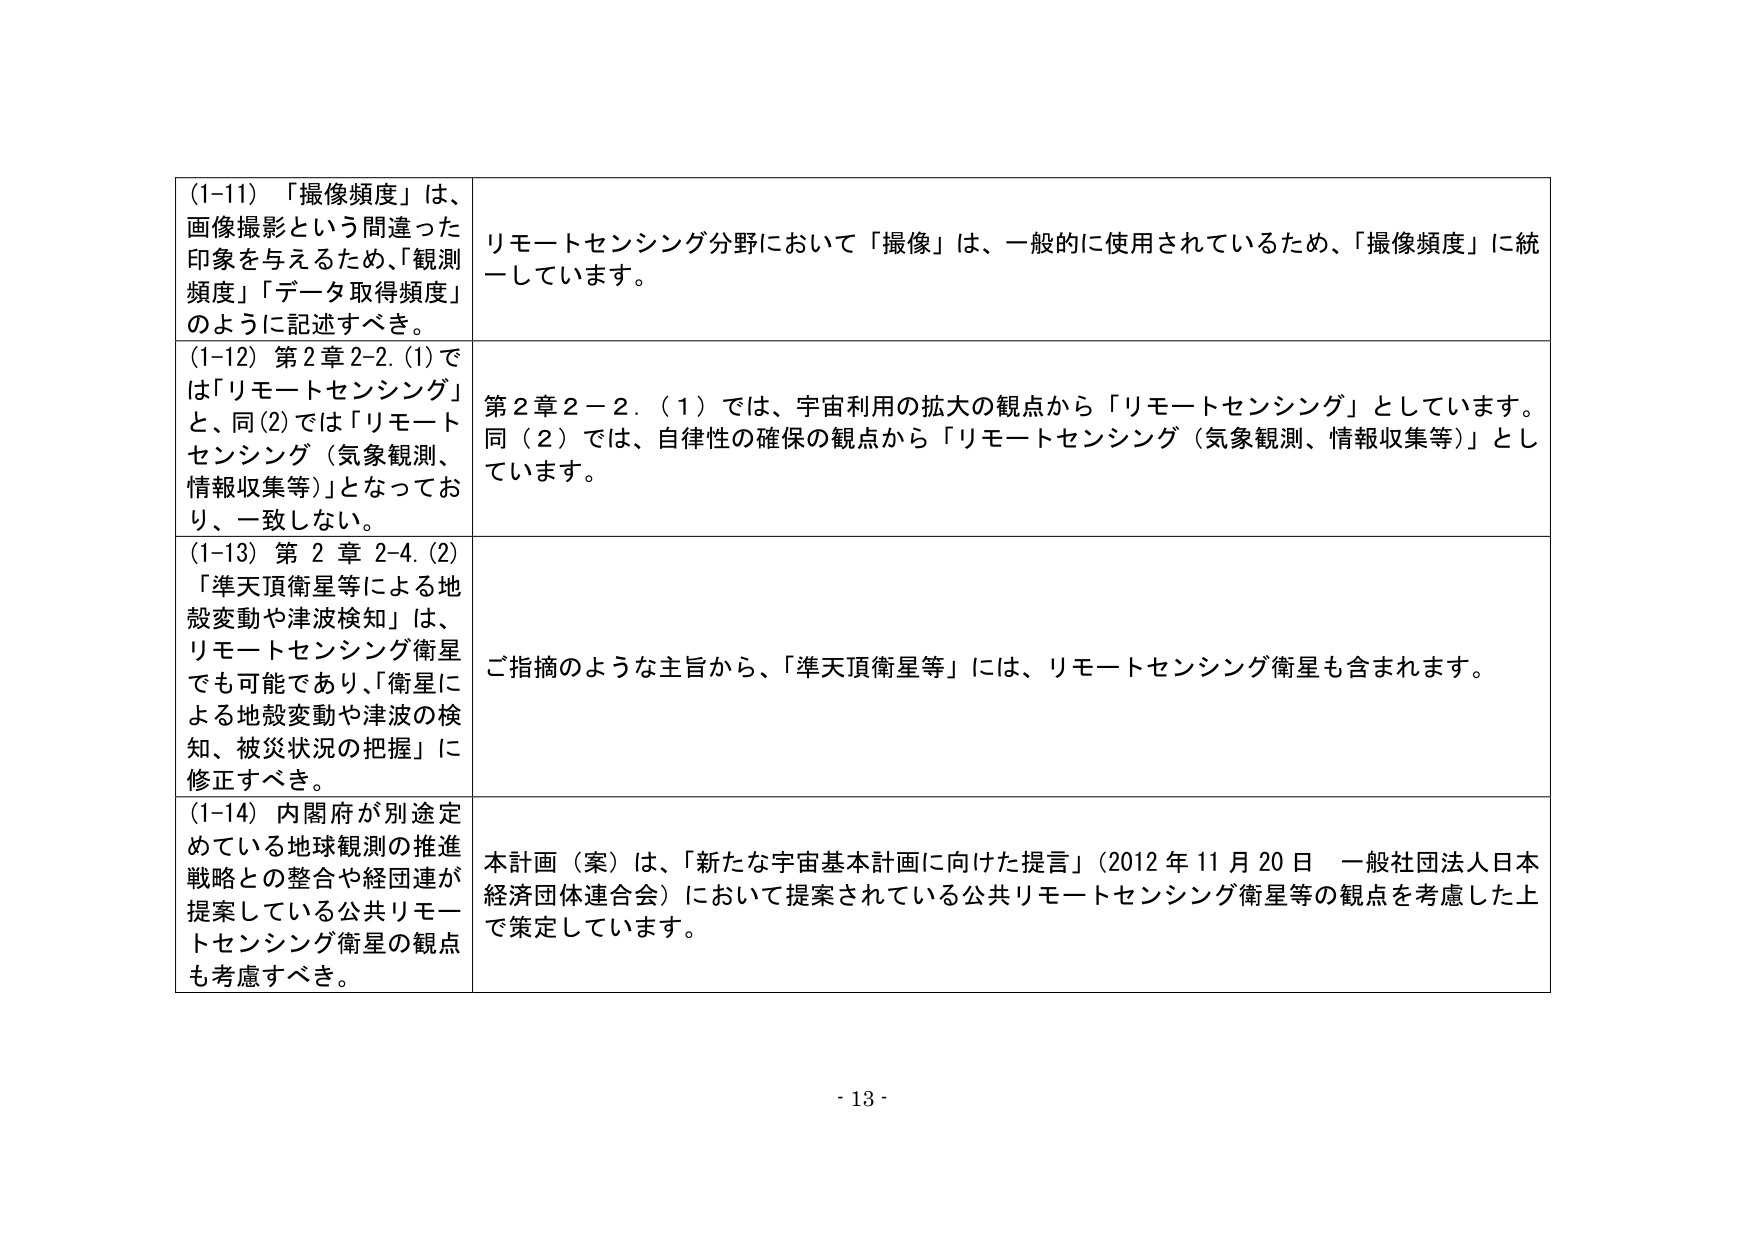
(1-11) 「撮像頻度」は、画像撮影という間違った印象を与えるため、「観測頻度」「データ取得頻度」のように記述すべき。

リモートセンシング分野において「撮像」は、一般的に使用されているため、「撮像頻度」に統一しています。

(1-12) 第2章2-2.(1)では「リモートセンシング」と、同(2)では「リモートセンシング（気象観測、情報収集等）」となっており、一致しない。

第2章2－2．（1）では、宇宙利用の拡大の観点から「リモートセンシング」としています。同（2）では、自律性の確保の観点から「リモートセンシング（気象観測、情報収集等）」としています。

(1-13) 第2章2-4.(2)「準天頂衛星等による地殻変動や津波検知」は、リモートセンシング衛星でも可能であり、「衛星による地殻変動や津波の検知、被災状況の把握」に修正すべき。

ご指摘のような主旨から、「準天頂衛星等」には、リモートセンシング衛星も含まれます。

(1-14) 内閣府が別途定めている地球観測の推進戦略との整合や経団連が提案している公共リモートセンシング衛星の観点も考慮すべき。

本計画（案）は、「新たな宇宙基本計画に向けた提言」（2012年11月20日 一般社団法人日本経済団体連合会）において提案されている公共リモートセンシング衛星等の観点を考慮した上で策定しています。

- 13 -